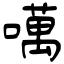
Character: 噧